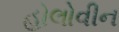
હોલોવીન